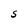
Character: S